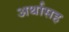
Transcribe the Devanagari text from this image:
अर्थासह